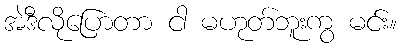
အဲဒီလိုပြောတာ ငါ မဟုတ်ဘူးကွ မင်း။